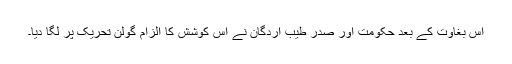
اس بغاوت کے بعد حکومت اور صدر طیب اردگان نے اس کوشش کا الزام گولن تحریک پر لگا دیا۔